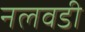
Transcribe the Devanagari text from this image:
नलवडी